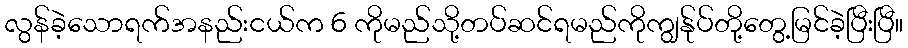
လွန်ခဲ့သောရက်အနည်းငယ်က 6 ကိုမည်သို့တပ်ဆင်ရမည်ကိုကျွန်ုပ်တို့တွေ့မြင်ခဲ့ပြီးပြီ။